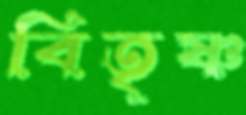
বিতৃষ্ণ